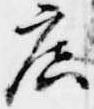
広